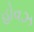
હોવઝ